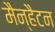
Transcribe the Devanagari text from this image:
मैन्हैटन